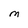
Character: M